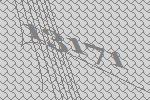
13171